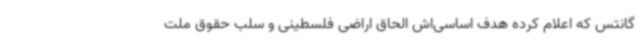
گانتس که اعلام کرده هدف اساسی‌اش الحاق اراضی فلسطینی و سلب حقوق ملت